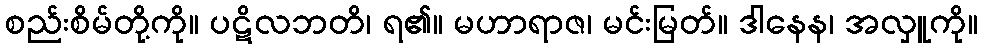
စည်းစိမ်တို့ကို။ ပဋိလဘတိ၊ ရ၏။ မဟာရာဇ၊ မင်းမြတ်။ ဒါနေန၊ အလှူကို။